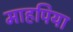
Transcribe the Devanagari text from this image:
माहपिया